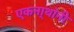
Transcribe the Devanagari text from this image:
एकना्थांनी